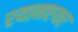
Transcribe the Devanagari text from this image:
रयानएयर